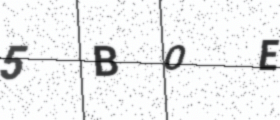
Text: 5BOE